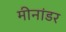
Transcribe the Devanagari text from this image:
मीनांडर